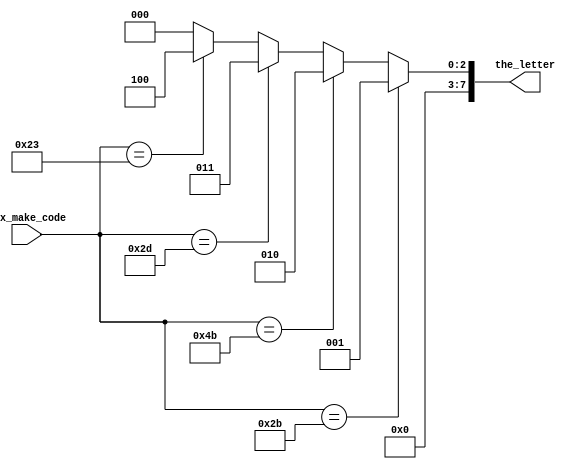
module testforletters(hex_make_code,the_letter);
input [7:0] hex_make_code;
output reg[7:0] the_letter;
always @ (hex_make_code)
		begin
			if (hex_make_code == 8'h2B)
				the_letter <= 8'b001; ///F
			else if (hex_make_code == 8'h4B)
				 the_letter <= 8'b010; //L
			else if (hex_make_code == 8'h2D)
				the_letter <= 8'b011; //R
			else if (hex_make_code == 8'h23)
				the_letter<=8'b100;//D
			else
				 the_letter <= 8'b0;//8'b0 0
		end
endmodule